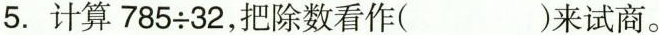
5.计算$$785\div 32$$，把除数看作（）来试商。